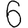
Digit: 6